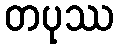
တပုဿ